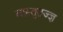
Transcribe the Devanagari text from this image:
वास्तुतज्ज्ञ